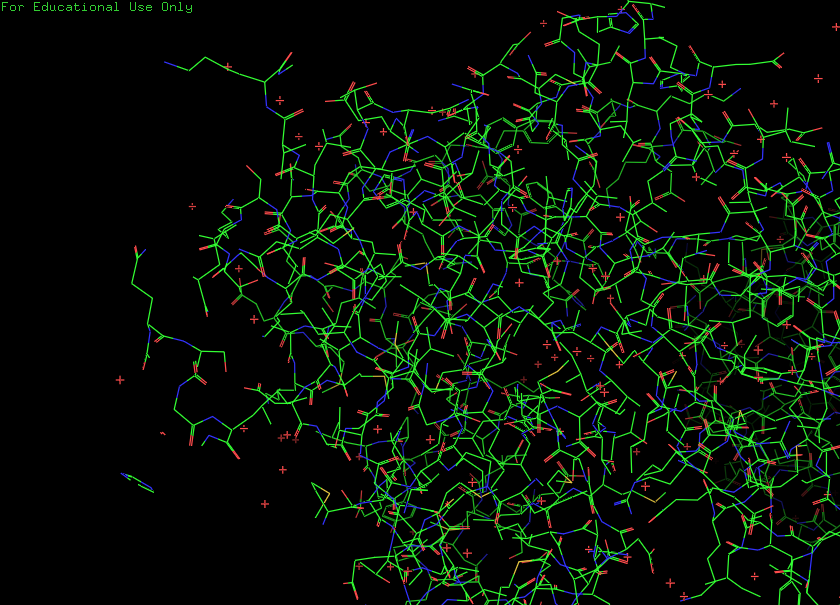
pymol, preset, default